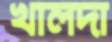
খালদা